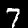
Digit: 7